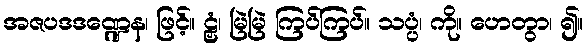
အဇပဒဒဏ္ဍေန၊ ဖြင့်။ ဠှံ၊ မြဲမြဲ ကြပ်ကြပ်။ သပ္ပံ၊ ကို။ ဟေတွာ၊ ၍။